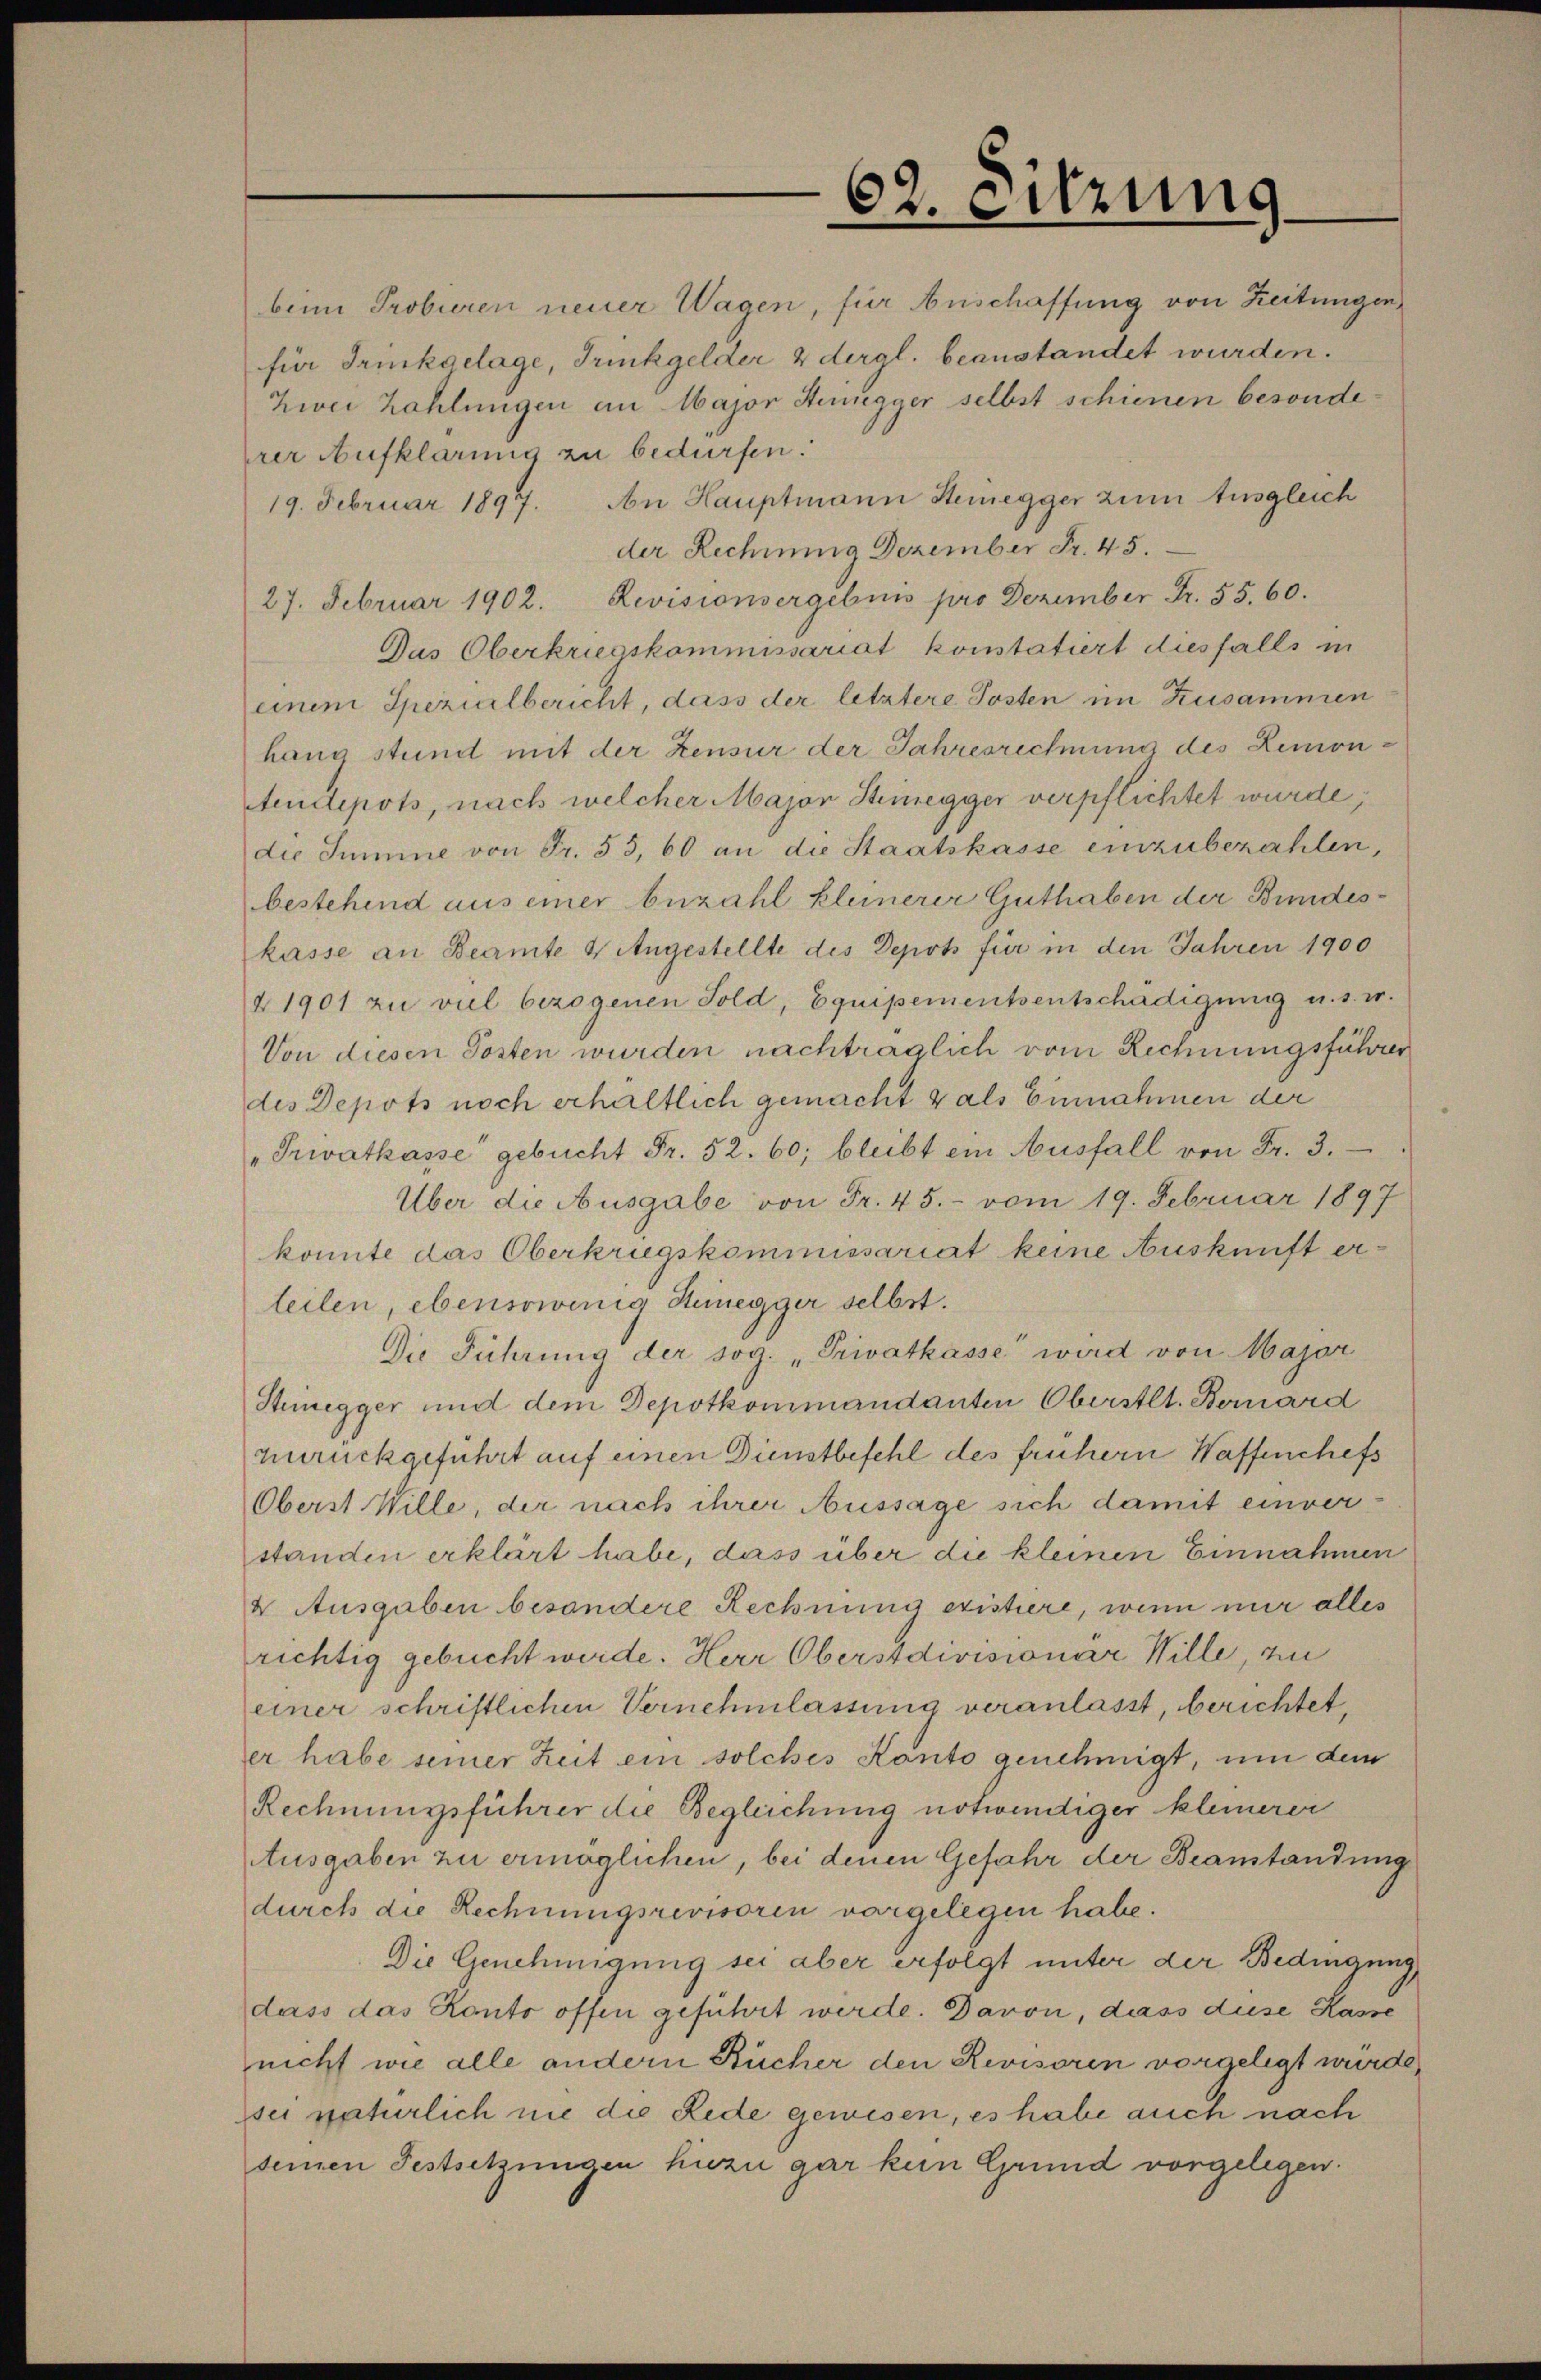
62. Sitzung

beim Probieren neuer Wagen, für Anschaffung von Zeitungen
für Trinkgelage, Trinkgelder 2 dergl. beanstandet wurden.
Zwei Zahlungen an Major Stunegger selbst schienen besondeprer Aufklärung zu bedürfen.
19. Februar 1897. An Hauptmann Stenegger zum Ausgleich
der Rechnung Dezember Fr. 45.
27. Februar 1902. Revisionsergebnis pro Dezember Fr. 55. 60.
Das Oberkriegskommissariat konstatiert diesfalls in
einem Spezialbericht, dass der letztere Posten im Zusammen
hang stund mit der Zensur der Jahresrechnung des Remon¬
Aendepots, nach welcher Major Stimegger verpflichtet wurde;
die Summe von Fr. 55, 60 an die Staatskasse einzubezahlen,
bestehend aus einer bezahl kleinerer Guthaben der Bundeskasse an Beamte & Angestellte des Depots für in den Jahren 1900
21901 zu viel bezogenen Fold, Equipementsentschädigung u. s. w.
Von diesen Posten wurden nachträglich vom Rechnungsführer
des Depots noch erhältlich gemacht als Einnahmen der
"Privatkasse gebucht Fr. 52. 60; bleibt ein Ausfall von Fr. 3.
Über die Ausgabe von Fr. 45. - vom 19. Februar 1897
konnte das Oberkriegskommissariat keine Auskunft erteilen, ebensowenig Steinegger selbst.
Die Führung der sog. „Privatkasse wird von Major
Stenegger und dem Depotkommandanten Oberstlt. Bernard
zurückgeführt auf einen Dienstbefehl des frühern Waffenchefs
Oberst Wille, der nach ihrer Aussage sich damit einverstanden erklärt habe, dass über die kleinen Einnahmen
4 Ausgaben besondere Rechnung existiere, wenn nur alles
richtig gebucht werde. Herr Oberstdivisionar Wille, zu
einer schriftlichen Vernehmlassung veranlasst, berichtet,
er habe seiner Zeit ein solches Kanto genehmigt, um dem
Rechnungsführer die Begleichung notwendiger kleinerei
Ausgaben zu ermöglichen, bei denen Gefahr der Beanstandung
durch die Rechnungsrevisorin vorgelegen habe.
Die Genehmigung sei aber erfolgt unter der Bedingung,
dass das Konto offen geführt werde. Davon, dass diese Kasse
nicht wie alle andern Bücher den Revisorin vorgelegt würde,
sei natürlich nie die Rede gewesen, es habe auch nach
seinen Festsetzungen hiezu gar kein Grund vorgelegen.